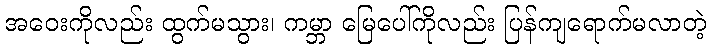
အဝေးကိုလည်း ထွက်မသွား၊ ကမ္ဘာ မြေပေါ်ကိုလည်း ပြန်ကျရောက်မလာတဲ့